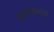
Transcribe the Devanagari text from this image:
तुपोलेवच्या